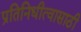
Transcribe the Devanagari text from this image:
प्रतिनिधीत्वासाठी